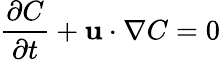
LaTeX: \frac{\partial C}{\partial t}+\mathbf{u}\cdot\nabla C=0